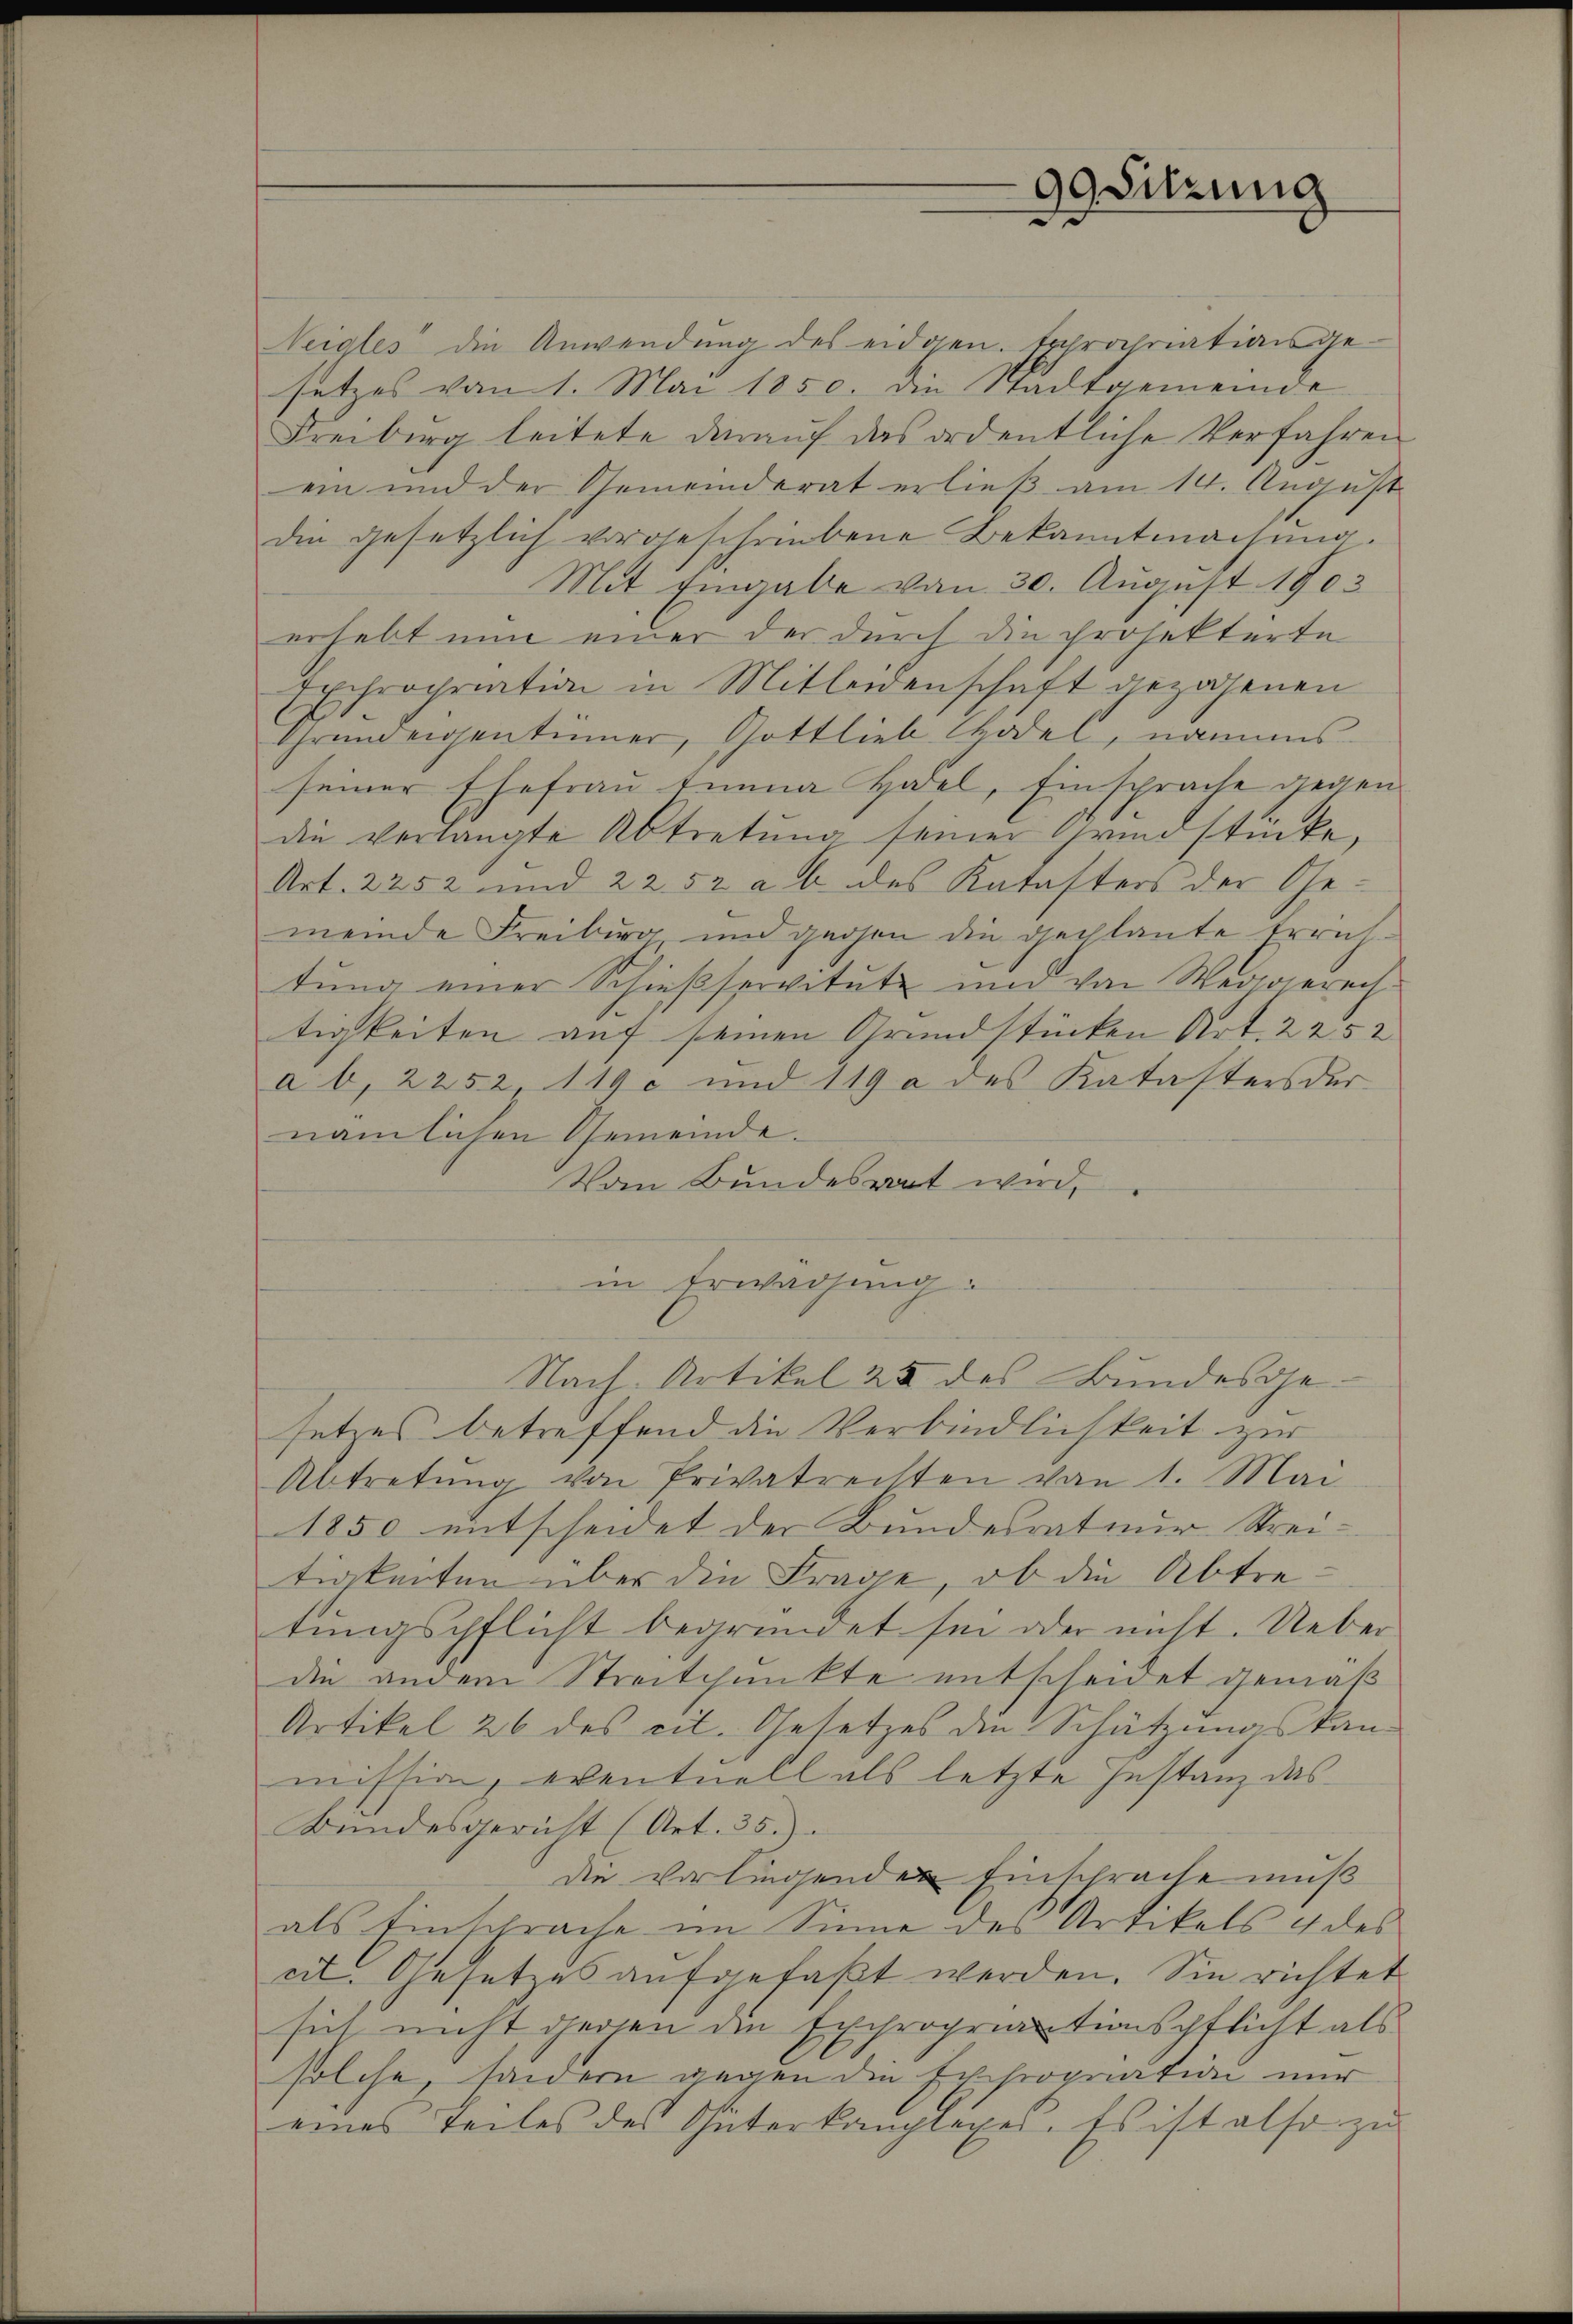
Neigles die Anwendung des eidgen. Expropriationsgesetzes vom 1. Mai 1850. die Stadtgemeinde
Freiberg leitete darauf das ordentliche Verfahren
ein und der Gemeinderat erließ am 14. August
die gesetzlich vorgeschriebene Bekanntmachŭng.
Mit Eingabe von 30. August 1902
erhebt nun einer der durch die projektirte
Irchropriation in Mitleidenschaft gezogenen
J
Threndeigentümer, Gottlieb Wodel, namens-
seiner Ehefrau tunna Hotel, Einsprache gegen
die verlangte Abtretung seiner Grundstücke,
Art. 2252 und 2252 a b des Katasters der Gemeinde Freiburg und gegen die geplante Errichtung einer Schiesservitute und von Weigerech-
tigkeiten auf seinen Grundstücken Art. 2252
a b, 2252, 119 und 119 a des Katasters der
nämlichen Gemeinde.
Vom Bundesrat wird,
in Erwägung:
Nach Artikel 25 des Bundesgesetzes betreffend die Verbindlichkeit zur
Abtretŭng von Privatrechten von 1. Mai
1850 entscheidet der Bundesrateur Strei-
tigkeiten über die Frage, ob die Abtretungspflicht begründet sei oder nicht. Ueber
die andern Streitpunkte entscheidet gemäß
Artikel 26 des cit. Gesetzes den Schätzungskan-
mission, eventuell als letzte Instanz das
Bundesgericht (Art. 35.)
die vorliegenden Einschräche muß
als Einschräche im Sinne des Artikels 4 des
cit. Gesetzes aufgefaßt werden. Sie richtet
sich nicht gegen die Expropriationspflicht als
solche, sondern gegen die Expropriation nur
eines Teiles des Güterkamplexes. Es ist also zu

99 Sitzung